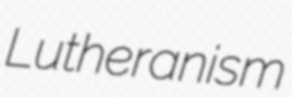
Lutheranism